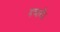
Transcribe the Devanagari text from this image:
दवायें।